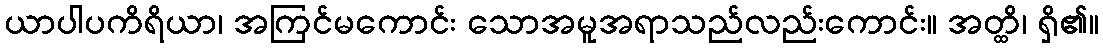
ယာပါပကိရိယာ၊ အကြင်မကောင်း သောအမူအရာသည်လည်းကောင်း။ အတ္ထိ၊ ရှိ၏။